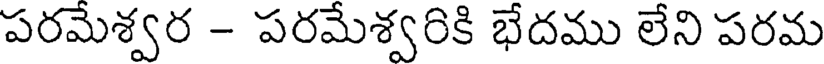
పరమేశ్వర - పరమేశ్వరికి భేదము లేని పరమ